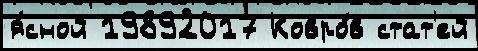
я́сной 19892017 Ковро́в стат'ей